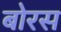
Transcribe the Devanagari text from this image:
बोरस